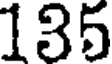
135